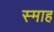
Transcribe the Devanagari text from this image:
स्माह